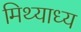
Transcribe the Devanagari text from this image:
मिथ्याध्य